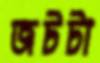
জটটা